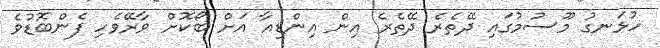
ހުޅަނގު މޫސުމުގައި ދޭތެރެ ދޭތެރެ އިން އިންޑިއާ އަށް ބޯކޮށް ވާރޭވެހި ފެންބޮޑުވެ